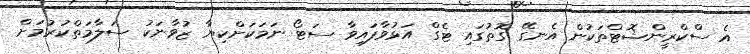
އެ ސްކްރީންޝޮޓްތަކުން އެނގޭ ގޮތުގައި ޓެގް އަޅުވާފައިވާ ސަޓޯ ނަމަކަށްކިޔާ ޒުވާނަކު ސަލާމަތްކުރުމަށް